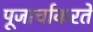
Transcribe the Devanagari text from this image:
पूजार्चाकरते